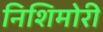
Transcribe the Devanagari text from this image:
निशिमोरी